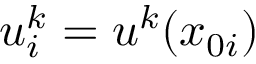
u _ { i } ^ { k } = u ^ { k } ( x _ { 0 i } )